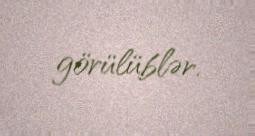
görülüblər.